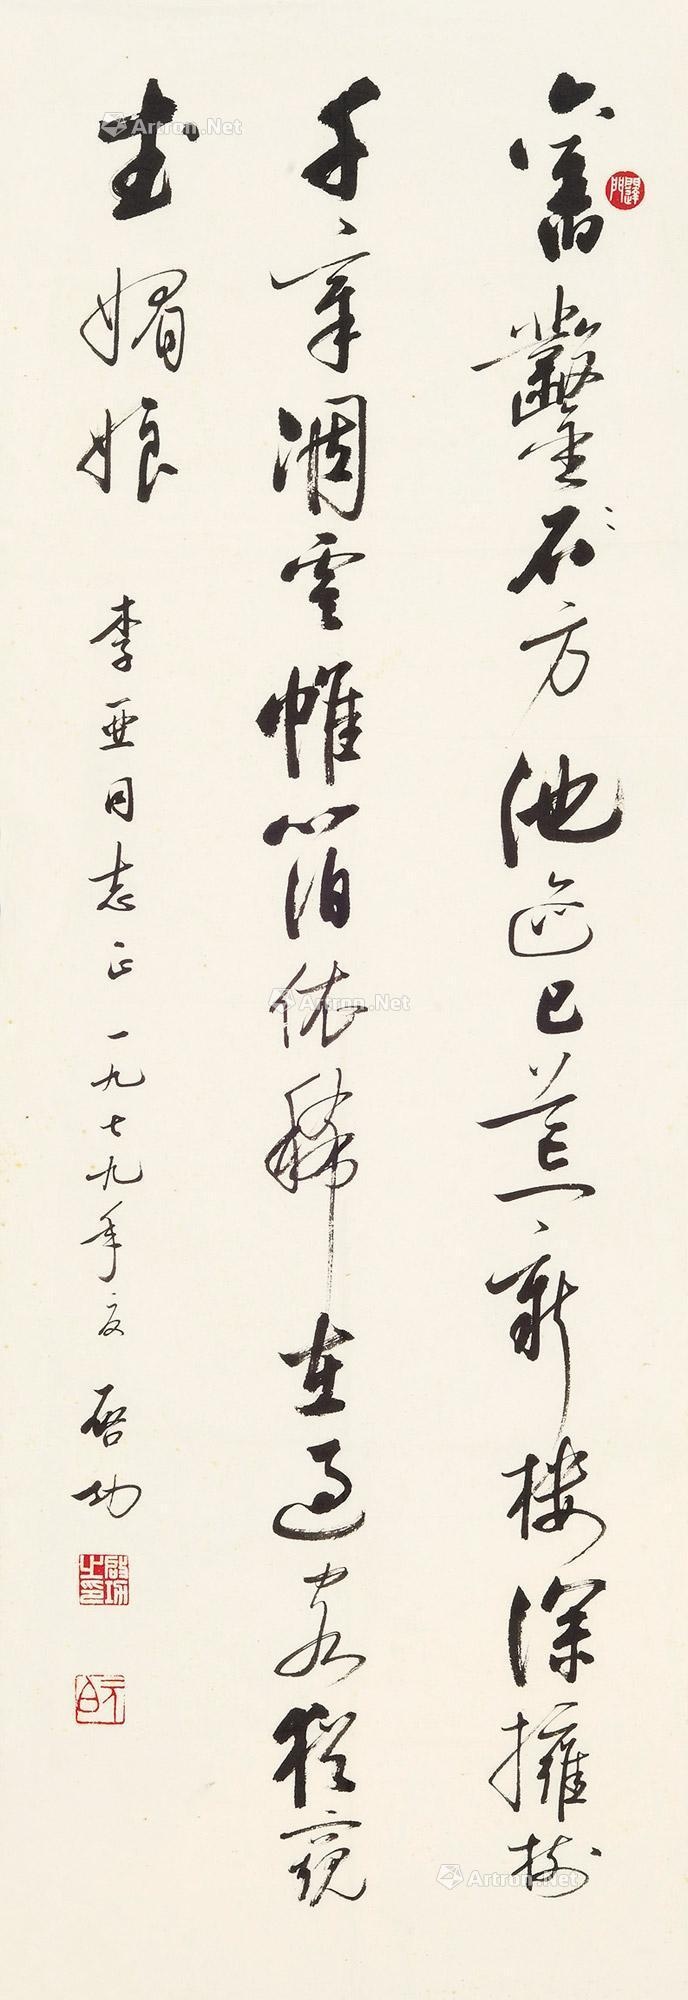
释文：旧凿方池迹已荒，新楼深拥树千章。凋云帷箔依稀在，过客犹窥武媚娘。李亚同志正。一九七九年夏，启功。